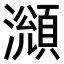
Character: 𤁫